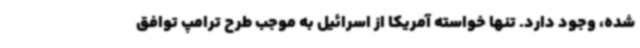
شده، وجود دارد. تنها خواسته آمریکا از اسرائیل به موجب طرح ترامپ توافق